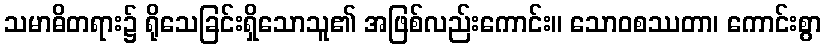
သမာဓိတရား၌ ရိုသေခြင်းရှိသောသူ၏ အဖြစ်လည်းကောင်း။ သောဝစဿတာ၊ ကောင်းစွာ